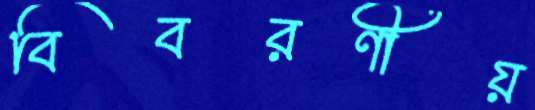
বিবরণীয়